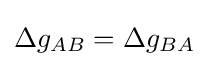
\Delta g_{AB}=\Delta g_{BA}